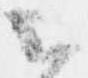
云